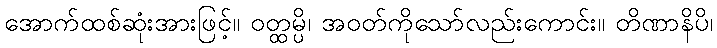
အောက်ထစ်ဆုံးအားဖြင့်။ ဝတ္ထမ္ပိ၊ အဝတ်ကိုသော်လည်းကောင်း။ တိဏာနိပိ၊